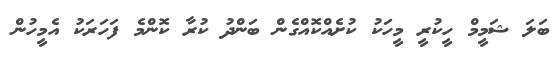
ބަލަ ޝަމީމް ހީކުރީ މީހަކު ކުށެއްކޮއްގެން ބަންދު ކުރާ ކޮންމެ ފަހަރަކު އެމީހުން